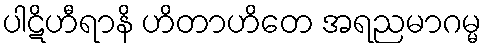
ပါဋိဟီရာနိ ဟိတာဟိတေ အရညမာဂမ္မ